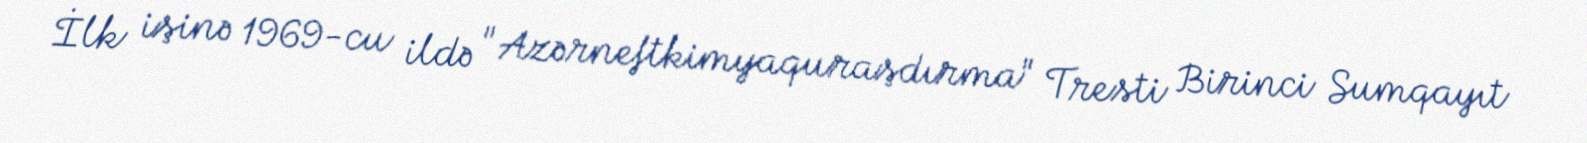
İlk işinə 1969-cu ildə "Azərneftkimyaquraşdırma" Tresti Birinci Sumqayıt